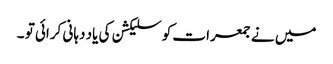
میں نے جمعرات کو سلیکشن کی یاد دہانی کرائی تو ۔